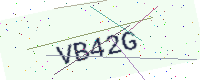
Text: VB42G